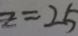
z = 2 5